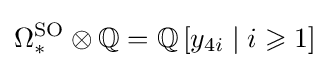
\Omega _{*}^{\text{SO}}\otimes \mathbb {Q} =\mathbb {Q} \left[y_{4i}\mid i\geqslant 1\right]